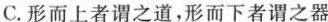
C.形而上者谓之道，形而下者谓之器